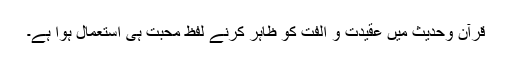
قرآن وحدیث میں عقیدت و الفت کو ظاہر کرنے لفظ محبت ہی استعمال ہوا ہے۔